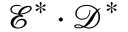
\boldsymbol { \mathcal { E } ^ { * } } \cdot \boldsymbol { \mathcal { D } } ^ { * }